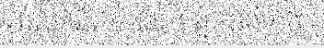
វីរុសកូវីដ១៩នេះ។ អ្នកជំងឺទាំង